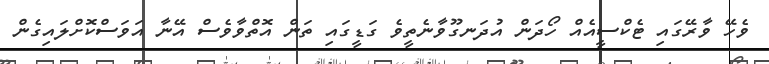
ވެހޭ ވާރޭގައި ޓެކްސީއެއް ހޯދަން އުދަނގޫވާނެތީވެ ގަޑީގައި ތަން އޮތްވާވެސް އޭނާ އަވަސްކޮށްލައިގެން